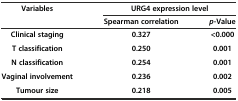
| <ROWSPAN=2> Variables | <COLSPAN=2> URG4 expression level |
 | Spearman correlation | p-Value |
 | --- | --- | --- |
 | Clinical staging | 0.327 | <0.000 |
 | T classification | 0.250 | 0.001 |
 | N classification | 0.254 | 0.001 |
 | Vaginal involvement | 0.236 | 0.002 |
 | Tumour size | 0.218 | 0.005 |